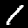
Digit: 1